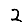
Digit: 2